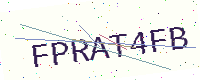
Text: FPRAT4FB